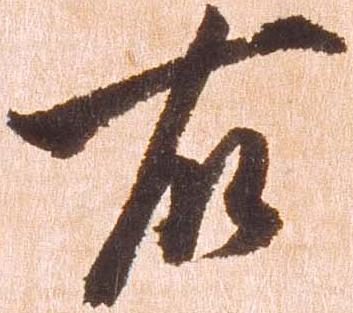
右